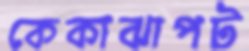
কেকাঝাপট